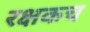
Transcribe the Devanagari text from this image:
रक्षकच